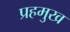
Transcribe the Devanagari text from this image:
प्रहमुख